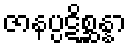
ဇာနပ္ပဋိစ္ဆန္နာ